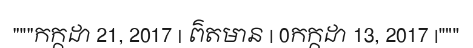
"""កក្កដា 21, 2017 | ព៌តមាន | 0កក្កដា 13, 2017 |"""